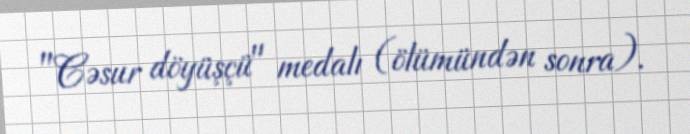
"Cəsur döyüşçü" medalı (ölümündən sonra).